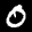
Label: 0